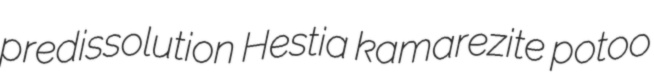
predissolution Hestia kamarezite potoo